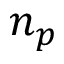
n _ { p }